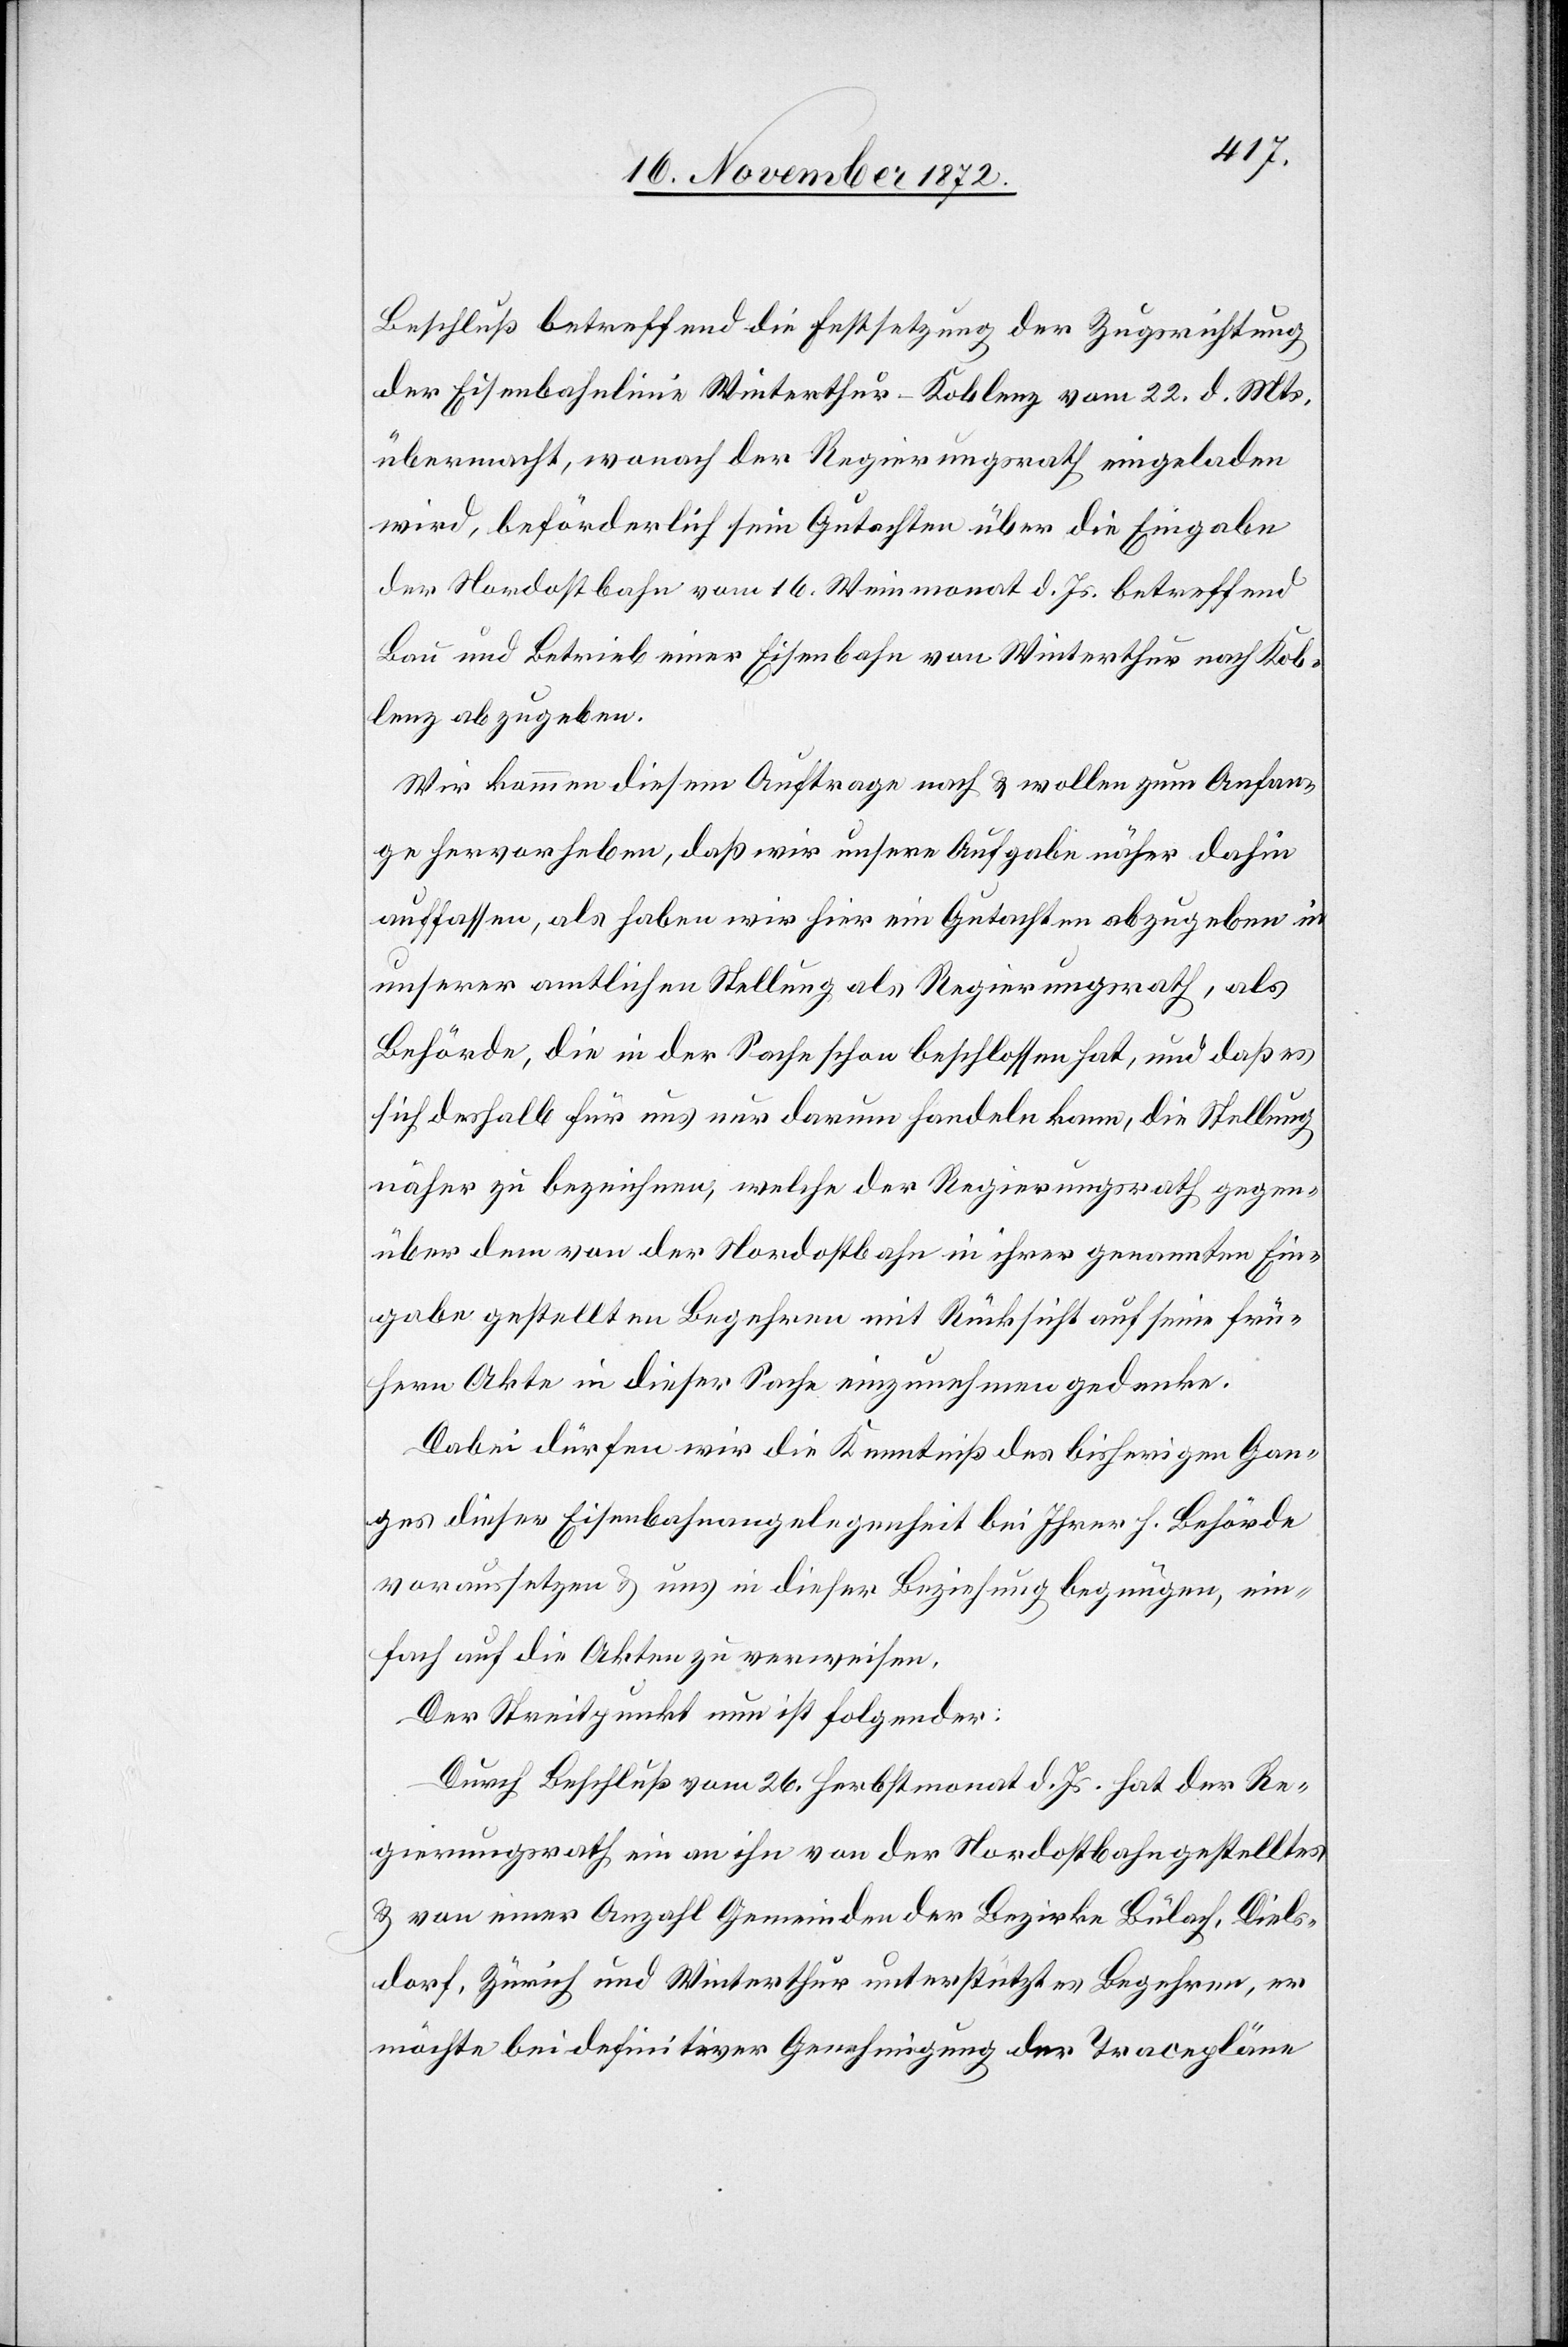
Beschluß betreffend die Festsetzung der Zugsrichtung
der Eisenbahnlinie Winterthur–Koblenz vom 22. d. Mts.
übermacht, wonach der Regierungsrath eingeladen
wird, beförderlich sein Gutachten über die Eingabe
der Nordostbahn vom 16. Weinmonat d. Js. betreffend
Bau und Betrieb einer Eisenbahn von Winterthur nach Kob¬
lenz abzugeben.
Wir kommen diesem Auftrage nach u. wollen zum Anfan¬
ge hervorheben, daß wir unsere Aufgabe näher dahin
auffassen, als haben wir hier ein Gutachten abzugeben in
unserer amtlichen Stellung als Regierungsrath, als
Behörde, die in der Sache schon beschlossen hat, und daß es
sich deshalb für uns nur darum handeln kann, die Stellung
näher zu bezeichnen, welche der Regierungsrath gegen¬
über dem von der Nordostbahn in ihrer genannten Ein¬
gabe gestellten Begehren mit Rücksicht auf seine frü¬
here Akte in dieser Sache einzunehmen gedenke.
Dabei dürfen wir die Kenntniß des bisherigen Gan¬
ges dieser Eisenbahnangelegenheit bei Ihrer h. Behörde
voraussetzen u. uns in dieser Beziehung begnügen, ein¬
fach auf die Akten zu verweisen.
Der Streitpunkt nun ist folgender:
Durch Beschluß vom 26. Herbstmonat d. Js. hat der Re¬
gierungsrath ein an ihn von der Nordostbahn gestelltes
u. von einer Anzahl Gemeinden der Bezirke Bülach, Diels¬
dorf, Zürich und Winterthur unterstütztes Begehren, er
möchte bei definitiver Genehmigung der Tracepläne